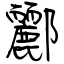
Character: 酈